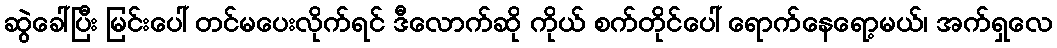
ဆွဲခေါ်ပြီး မြင်းပေါ် တင်မပေးလိုက်ရင် ဒီလောက်ဆို ကိုယ် စက်တိုင်ပေါ် ရောက်နေရော့မယ်၊ အက်ရှလေ